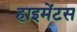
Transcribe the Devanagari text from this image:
हाइमेंटस